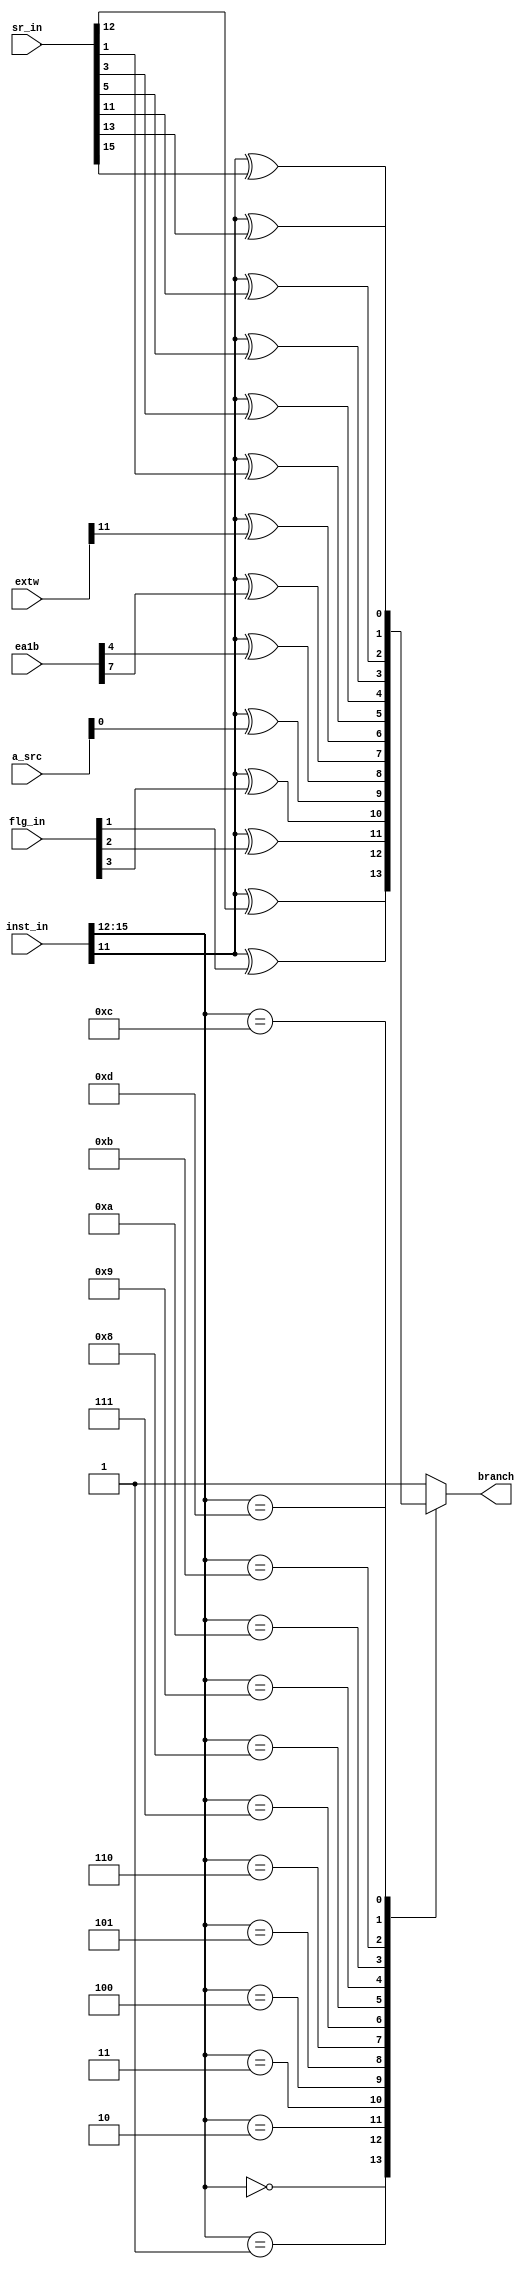
// This program was cloned from: https://github.com/atrac17/Toaplan2
// License: GNU General Public License v3.0

// Copyright 2011-2018 Frederic Requin
//
// This file is part of the MCC216 project
//
// The J68 core:
// -------------
// Simple re-implementation of the MC68000 CPU
// The core has the following characteristics:
//  - Tested on a Cyclone III (90 MHz) and a Stratix II (180 MHz)
//  - from 1500 (~70 MHz) to 1900 LEs (~90 MHz) on Cyclone III
//  - 2048 x 20-bit microcode ROM
//  - 256 x 28-bit decode ROM
//  - 2 x block RAM for the data and instruction stacks
//  - stack based CPU with forth-like microcode
//  - not cycle-exact : needs a frequency ~3 x higher
//  - all 68000 instructions are implemented
//  - almost all 68000 exceptions are implemented (only bus error missing)
//  - only auto-vector interrupts supported

module j68_test
(
    // Micro-instruction word
    input  [19:0]     inst_in,
    // Operand input
    input  [3:0]      flg_in, // Partial flags
    input  [15:0]     sr_in,  // Status register
    input  [15:0]     a_src,  // A operand
    input  [15:0]     ea1b,   // EA #1 bitfield
    input  [15:0]     extw,   // Extension word
    // Test output
    output reg        branch  // Branch taken
);

    always@(*) begin : BRANCH_FLAG
    
        case (inst_in[15:12])
            4'b0000 : branch = inst_in[11] ^ sr_in[12]; // Address error
            4'b0001 : branch = inst_in[11] ^ flg_in[1]; // Z_FLG : Partial zero (for CHK, Bcc and DBcc)
            4'b0010 : branch = inst_in[11] ^ flg_in[2]; // N_FLG : Partial negative (for MULS, DIVS, ABCD and SBCD)
            4'b0011 : branch = inst_in[11] ^ flg_in[3]; // G_FLG : Greater than (for CHK)
            4'b0100 : branch = inst_in[11] ^ a_src[0];  // T[0] (for MOVEM)
            4'b0101 : branch = inst_in[11] ^ ea1b[4];   // (An)+ addressing
            4'b0110 : branch = inst_in[11] ^ ea1b[7];   // Dn/An addressing
            4'b0111 : branch = inst_in[11] ^ extw[11];  // Long/Word for d8(An,Rn)
            4'b1000 : branch = inst_in[11] ^ sr_in[1];  // V flag
            4'b1001 : branch = inst_in[11] ^ sr_in[3];  // N flag
            4'b1010 : branch = inst_in[11] ^ sr_in[5];  // Branch flag (for DBcc and Bcc)
            4'b1011 : branch = inst_in[11] ^ sr_in[11]; // Interrupt flag
            4'b1100 : branch = inst_in[11] ^ sr_in[13]; // Supervisor flag
            4'b1101 : branch = inst_in[11] ^ sr_in[15]; // Trace flag
            default : branch = 1'b1;                    // Always
        endcase
    end

endmodule